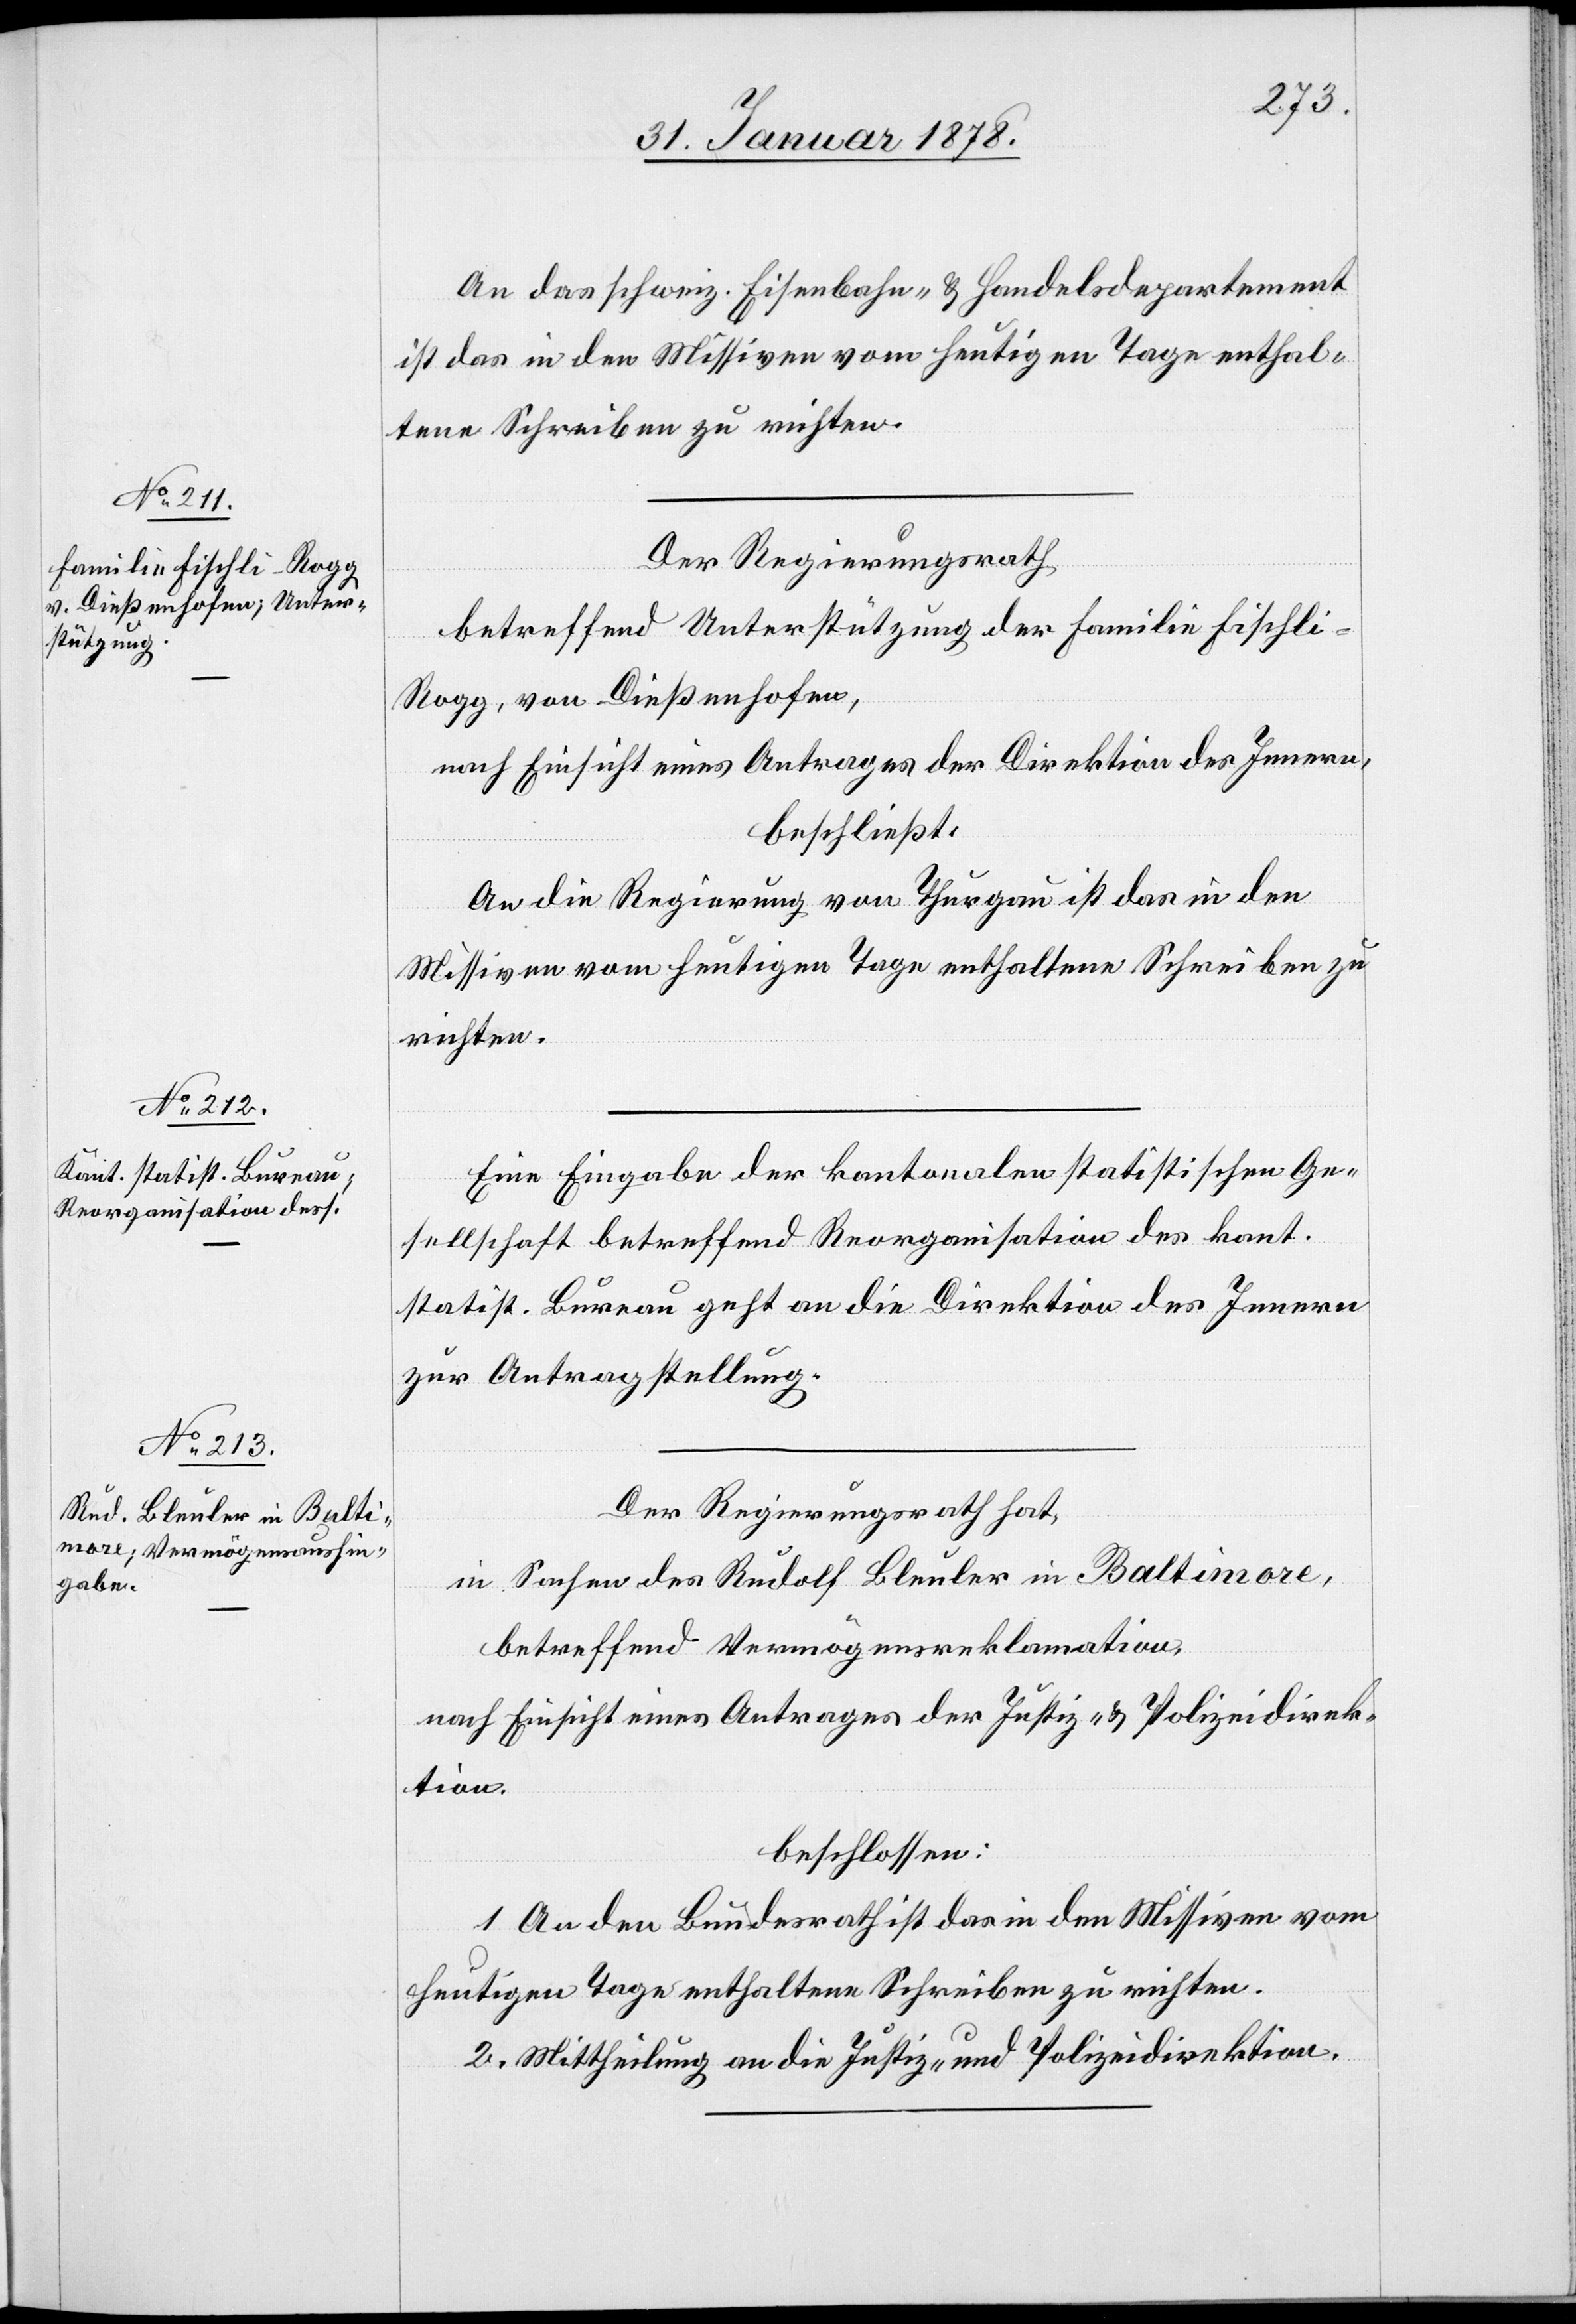
An das schweiz. Eisenbahn- & Handelsdepartement
ist das in den Missiven vom heutigen Tage enthal¬
tene Schreiben zu richten.
Der Regierungsrath,
betreffend Unterstützung der Familie Fischli-R¬
ogg, von Dießenhofen,
nach Einsicht eines Antrages der Direktion des Innern,
beschließt:
An die Regierung von Thurgau ist das in den
Missiven vom heutigen Tage enthaltene Schreiben zu
richten.
Eine Eingabe der kantonalen statistischen Ge¬
sellschaft betreffend Reorganisation des kant.
statist. Bureau geht an die Direktion des Innern
zur Antragstellung.
Der Regierungsrath hat,
in Sachen des Rudolf Bleuler in Baltimore,
betreffend Vermögensreklamation,
nach Einsicht eines Antrages der Justiz- & Polizeidirek¬
tion,
beschlossen:
1. An den Bundesrath ist das in den Missiven vom
heutigen Tage enthaltene Schreiben zu richten.
2. Mittheilung an die Justiz- & Polizeidirektion.